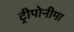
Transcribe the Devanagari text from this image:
ट्रीपोनीमा